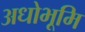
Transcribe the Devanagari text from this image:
अधोभूमि